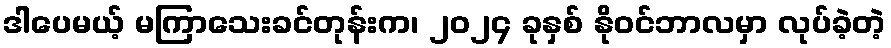
ဒါပေမယ့် မကြာသေးခင်တုန်းက၊ ၂၀၂၄ ခုနှစ် နိုဝင်ဘာလမှာ လုပ်ခဲ့တဲ့